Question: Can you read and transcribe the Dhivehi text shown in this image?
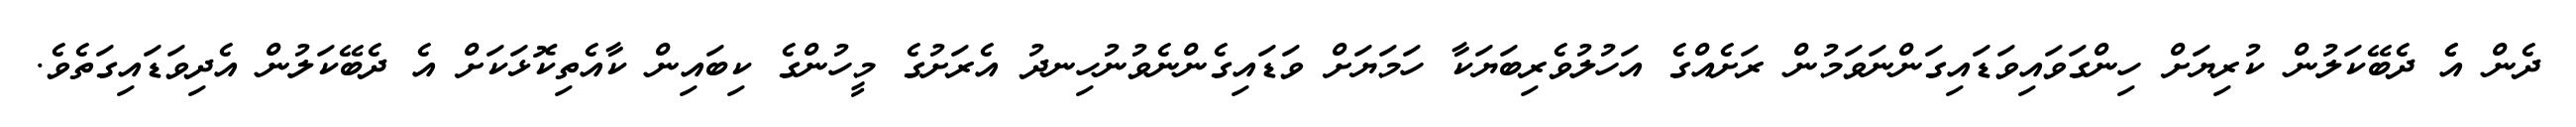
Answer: ދެން އެެ ދެބޭކަލުން ކުރިޔަށް ހިންގަވައިވަޑައިގަންނަވަމުން ރަށެއްގެ އަހުލުވެރިބަޔަކާ ހަމަޔަށް ވަޑައިގެންނެވުނުހިނދު އެރަށުގެ މީހުންގެ ކިބައިން ކާއެތިކޮޅަކަށް އެ ދެބޭކަލުން އެދިވަޑައިގަތެވެ.